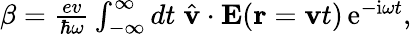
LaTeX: \begin{array}{r}{\beta=\frac{ev}{\hbar\omega}\int_{-\infty}^{\infty}dt\; \hat{\mathbf v}\cdot{\mathbf E}({\mathbf r}={\mathbf v}t)\, \mathrm{e}^{-\mathrm{i}\omega t},}\end{array}